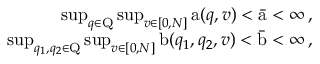
\begin{array} { r } { \operatorname* { s u p } _ { q \in \mathrm { Q } } \operatorname* { s u p } _ { v \in [ 0 , N ] } \mathrm { a } ( q , v ) < \bar { \mathrm { a } } < \infty \, , } \\ { \operatorname* { s u p } _ { q _ { 1 } , q _ { 2 } \in \mathrm { Q } } \operatorname* { s u p } _ { v \in [ 0 , N ] } \mathrm { b } ( q _ { 1 } , q _ { 2 } , v ) < \bar { \mathrm { b } } < \infty \, , } \end{array}